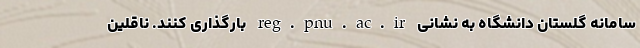
سامانه گلستان دانشگاه به نشانی reg.pnu.ac.ir بارگذاری کنند. ناقلین